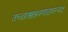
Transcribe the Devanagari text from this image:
तच्छास्त्रश्रवणादावन्यत्